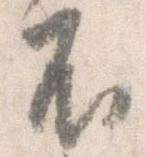
不